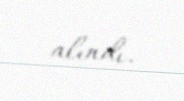
alındı.